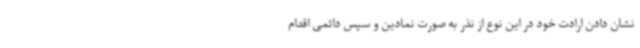
نشان دادن ارادت خود در این نوع از نذر به صورت نمادین و سپس دائمی اقدام